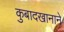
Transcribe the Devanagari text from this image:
कुबादखानाने